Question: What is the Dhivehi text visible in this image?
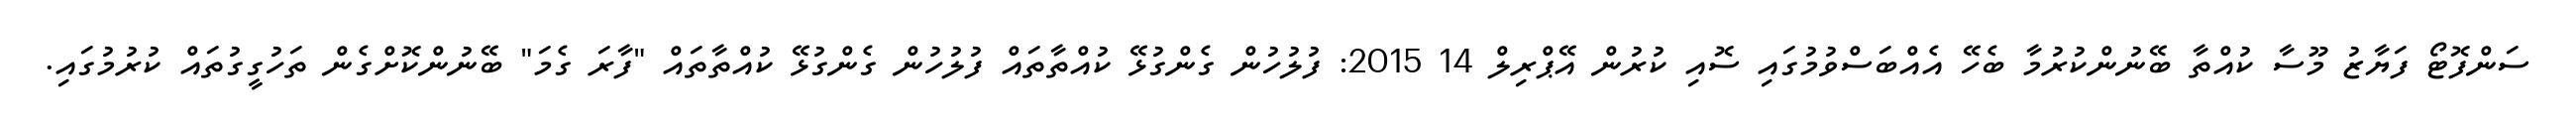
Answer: ސަންފޮޓޯ ފަޔާޒު މޫސާ ކުއްތާ ބޭނުންކުރުމާ ބެހޭ އެއްބަސްވުމުގައި ސޮއި ކުރުން އޭޕްރިލް 14 2015: ފުލުހުން ގެންގުޅޭ ކުއްތާތައް ފުލުހުން ގެންގުޅޭ ކުއްތާތައް "ފާރަ ގެމަ" ބޭނުންކޮށްގެން ތަހުގީގުތައް ކުރުމުގައި.